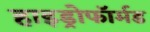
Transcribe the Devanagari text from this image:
हाइड्रोफॉर्मड